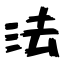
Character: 法